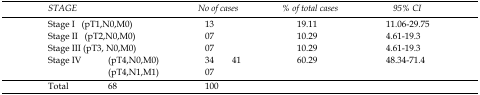
| <COLSPAN=2> STAGE | <COLSPAN=2> No of cases | % of total cases | 95% CI |
 | --- | --- | --- | --- | --- | --- |
 | <COLSPAN=2> Stage I (pT1,N0,M0) | 13 |  | 19.11 | 11.06-29.75 |
 | <COLSPAN=2> Stage II (pT2,N0,M0) | 07 |  | 10.29 | 4.61-19.3 |
 | <COLSPAN=2> Stage III (pT3, N0,M0) | 07 |  | 10.29 | 4.61-19.3 |
 | <ROWSPAN=2> Stage IV | (pT4,N0,M0) | 34 | 41 | 60.29 | 48.34-71.4 |
 | (pT4,N1,M1) | 07 |  |  |  |
 | Total | 68 | 100 |  |  |  |